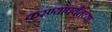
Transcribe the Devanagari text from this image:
करण्यापर्यंतच्या